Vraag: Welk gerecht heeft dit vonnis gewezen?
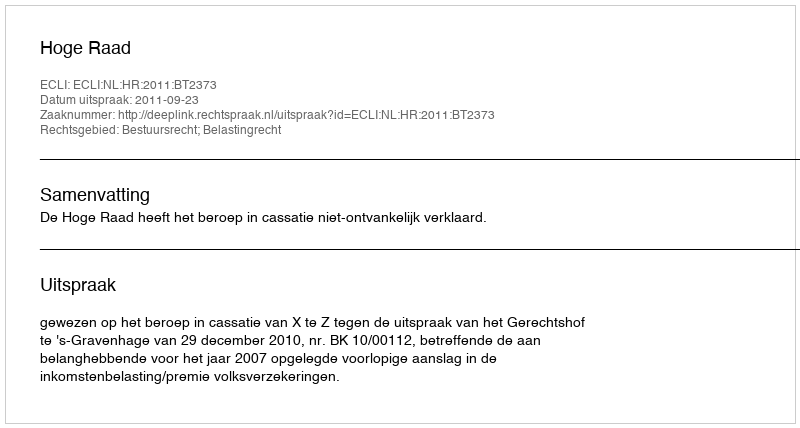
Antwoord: Hoge Raad